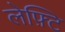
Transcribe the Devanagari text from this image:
लेफ़्टि